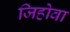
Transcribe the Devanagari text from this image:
जिहोवा